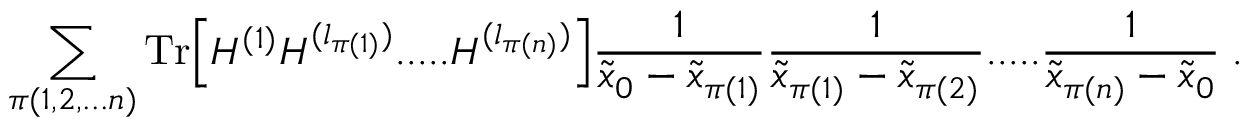
\sum _ { \pi ( 1 , 2 , . . . n ) } \mathrm { T r } \Big [ H ^ { ( 1 ) } H ^ { ( l _ { \pi ( 1 ) } ) } . . . . . H ^ { ( l _ { \pi ( n ) } ) } \Big ] \frac { 1 } { \tilde { x } _ { 0 } - \tilde { x } _ { \pi ( 1 ) } } \frac { 1 } { \tilde { x } _ { \pi ( 1 ) } - \tilde { x } _ { \pi ( 2 ) } } . . . . . \frac { 1 } { \tilde { x } _ { \pi ( n ) } - \tilde { x } _ { 0 } } \; .